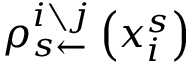
\rho _ { s \leftarrow } ^ { i \setminus j } \left( x _ { i } ^ { s } \right)